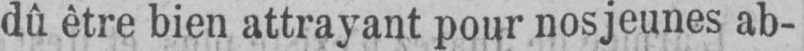
dû être bien attrayant pour nos jeunes ab-